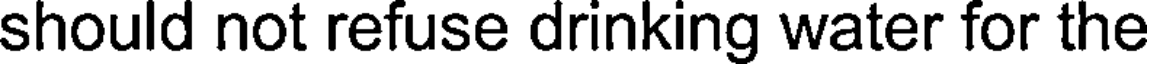
should not refuse drinking water for the